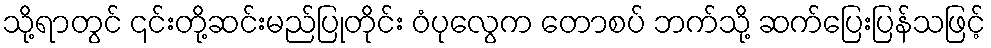
သို့ရာတွင် ၎င်းတို့ဆင်းမည်ပြုတိုင်း ဝံပုလွေက တောစပ် ဘက်သို့ ဆက်ပြေးပြန်သဖြင့်